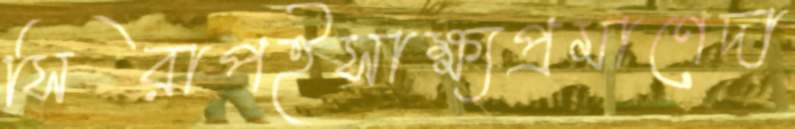
সিরাপইসাক্ষ্যপ্রমাণেদা